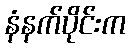
နံနက်ပိုင်းက